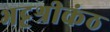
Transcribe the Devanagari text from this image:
भट्टश्रीकंठ